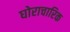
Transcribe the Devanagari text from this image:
घोराचारिक